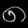
Digit: ၈